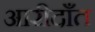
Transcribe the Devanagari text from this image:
आरीदाँत